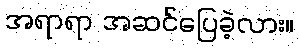
အရာရာ အဆင်ပြေခဲ့လား။